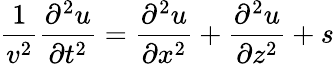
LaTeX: \frac{1}{v^{2}}\frac{\partial^{2}u}{\partial t^{2}}=\frac{\partial^{2}u}{\partial x^{2}}+\frac{\partial^{2}u}{\partial z^{2}}+s